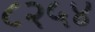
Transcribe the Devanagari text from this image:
८२५४